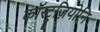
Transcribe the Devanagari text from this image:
कॉस्ट्रुज़ियोनि